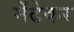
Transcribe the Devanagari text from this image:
मेंढेकर